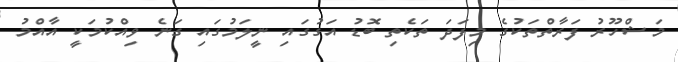
މަޝްހޫރު ފަރާތްތަކުގެ މިފަދަ ތަކެތި ބޮޑު އަގުގައި ނީލަމުގައި ގަނެ ވިއްކުމަކީ އާއްމު